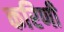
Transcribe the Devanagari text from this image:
करिणी